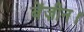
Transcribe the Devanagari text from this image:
बेंज़ीन।